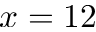
x = 1 2